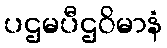
ပဌမပီဌဝိမာနံ